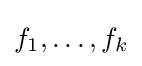
f_{1},\dotsc ,f_{k}